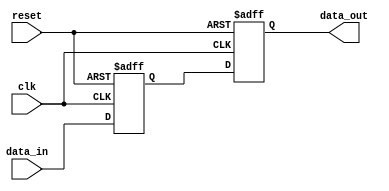
module SequentialLogicExample (
    input wire clk,
    input wire reset,
    input wire [3:0] data_in,
    output reg [3:0] data_out
);

    // Internal register to hold state
    reg [3:0] state;

    // Initial block for setting up initial conditions
    initial begin
        state <= 4'b0000; // Initialize the state to 0
        data_out <= 4'b0000; // Initialize the output to 0
    end

    // Always block to model sequential behavior
    always @(posedge clk or posedge reset) begin
        if (reset) begin
            // Non-blocking assignment for reset condition
            state <= 4'b0000; // Reset state to 0
            data_out <= 4'b0000; // Reset output to 0
        end else begin
            // Non-blocking assignment for updating state and output
            state <= data_in; // Update state with input data
            data_out <= state; // Output the current state
        end
    end

endmodule